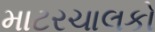
માટરચાલકો